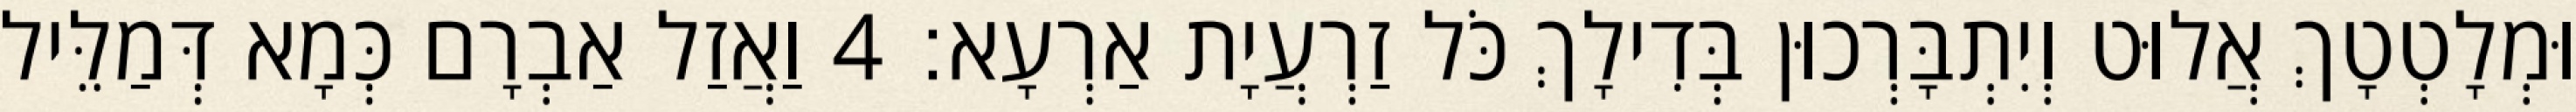
וּמְלָטְטָךְ אֲלוּט וְיִתְבָּרְכוּן בְּדִילָךְ כֹּל זַרְעֲיָת אַרְעָא׃ 4 וַאֲזַל אַבְרָם כְּמָא דְּמַלֵּיל